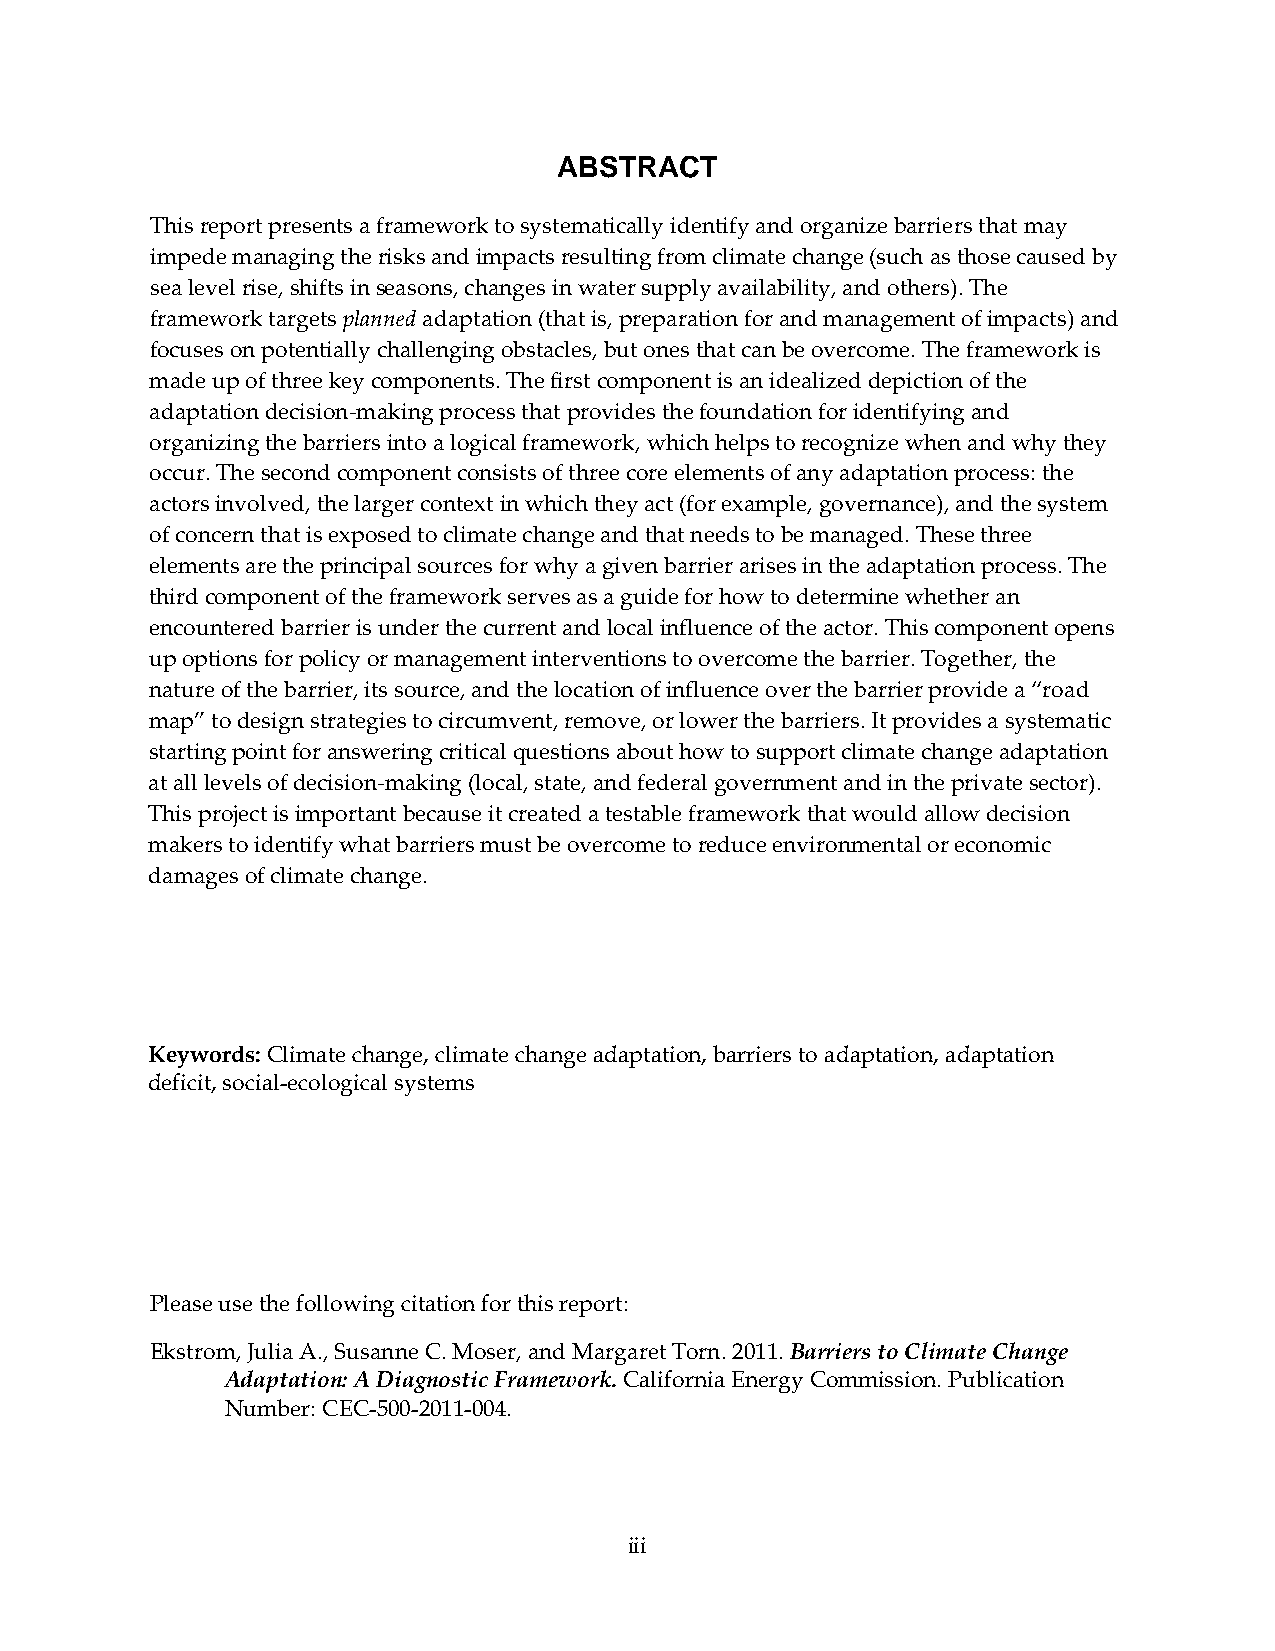
ABSTRACT
 This report presents a framework to systematically identify and organize barriers that may
 impede managing the risks and impacts resulting from climate change (such as those caused by
 sea level rise, shifts in seasons, changes in water supply availability, and others). The
 framework targets planned adaptation (that is, preparation for and management of impacts) and
 focuses on potentially challenging obstacles, but ones that can be overcome. The framework is
 made up of three key components. The first component is an idealized depiction of the
 adaptation decision‐making process that provides the foundation for identifying and
 organizing the barriers into a logical framework, which helps to recognize when and why they
 occur. The second component consists of three core elements of any adaptation process: the
 actors involved, the larger context in which they act (for example, governance), and the system
 of concern that is exposed to climate change and that needs to be managed. These three
 elements are the principal sources for why a given barrier arises in the adaptation process. The
 third component of the framework serves as a guide for how to determine whether an
 encountered barrier is under the current and local influence of the actor. This component opens
 up options for policy or management interventions to overcome the barrier. Together, the
 nature of the barrier, its source, and the location of influence over the barrier provide a “road
 map” to design strategies to circumvent, remove, or lower the barriers. It provides a systematic
 starting point for answering critical questions about how to support climate change adaptation
 at all levels of decision‐making (local, state, and federal government and in the private sector).
 This project is important because it created a testable framework that would allow decision
 makers to identify what barriers must be overcome to reduce environmental or economic
 damages of climate change.
 Keywords: Climate change, climate change adaptation, barriers to adaptation, adaptation
 deficit, social-ecological systems
 Please use the following citation for this report:
 Ekstrom, Julia A., Susanne C. Moser, and Margaret Torn. 2011. Barriers to Climate Change
 Adaptation: A Diagnostic Framework. California Energy Commission. Publication
 Number: CEC-500-2011-004.
 iii